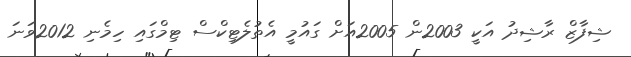
ޝިފާޒް ރާޝިދު އަކީ 2003ން 2005އަށް ގައުމީ އެތުލެޓިކްސް ޓިމްގައި ހިމެނި 2012ވަނަ